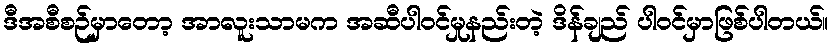
ဒီအစီစဉ်မှာတော့ အာလူးသာမက အဆီပါဝင်မှုနည်းတဲ့ ဒိန်ချည် ပါဝင်မှာဖြစ်ပါတယ်။